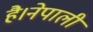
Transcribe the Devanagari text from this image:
है।नेपाली